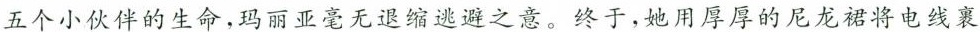
五个小伙伴的生命，玛丽亚毫无退缩逃避之意。终于，她用厚厚的尼龙裙将电线裹